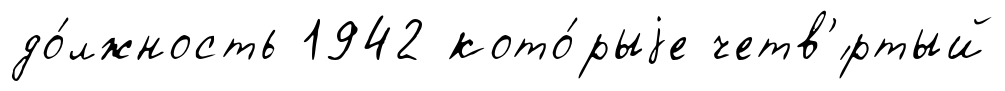
до́лжность 1942 кото́рыjе четв'́ртый